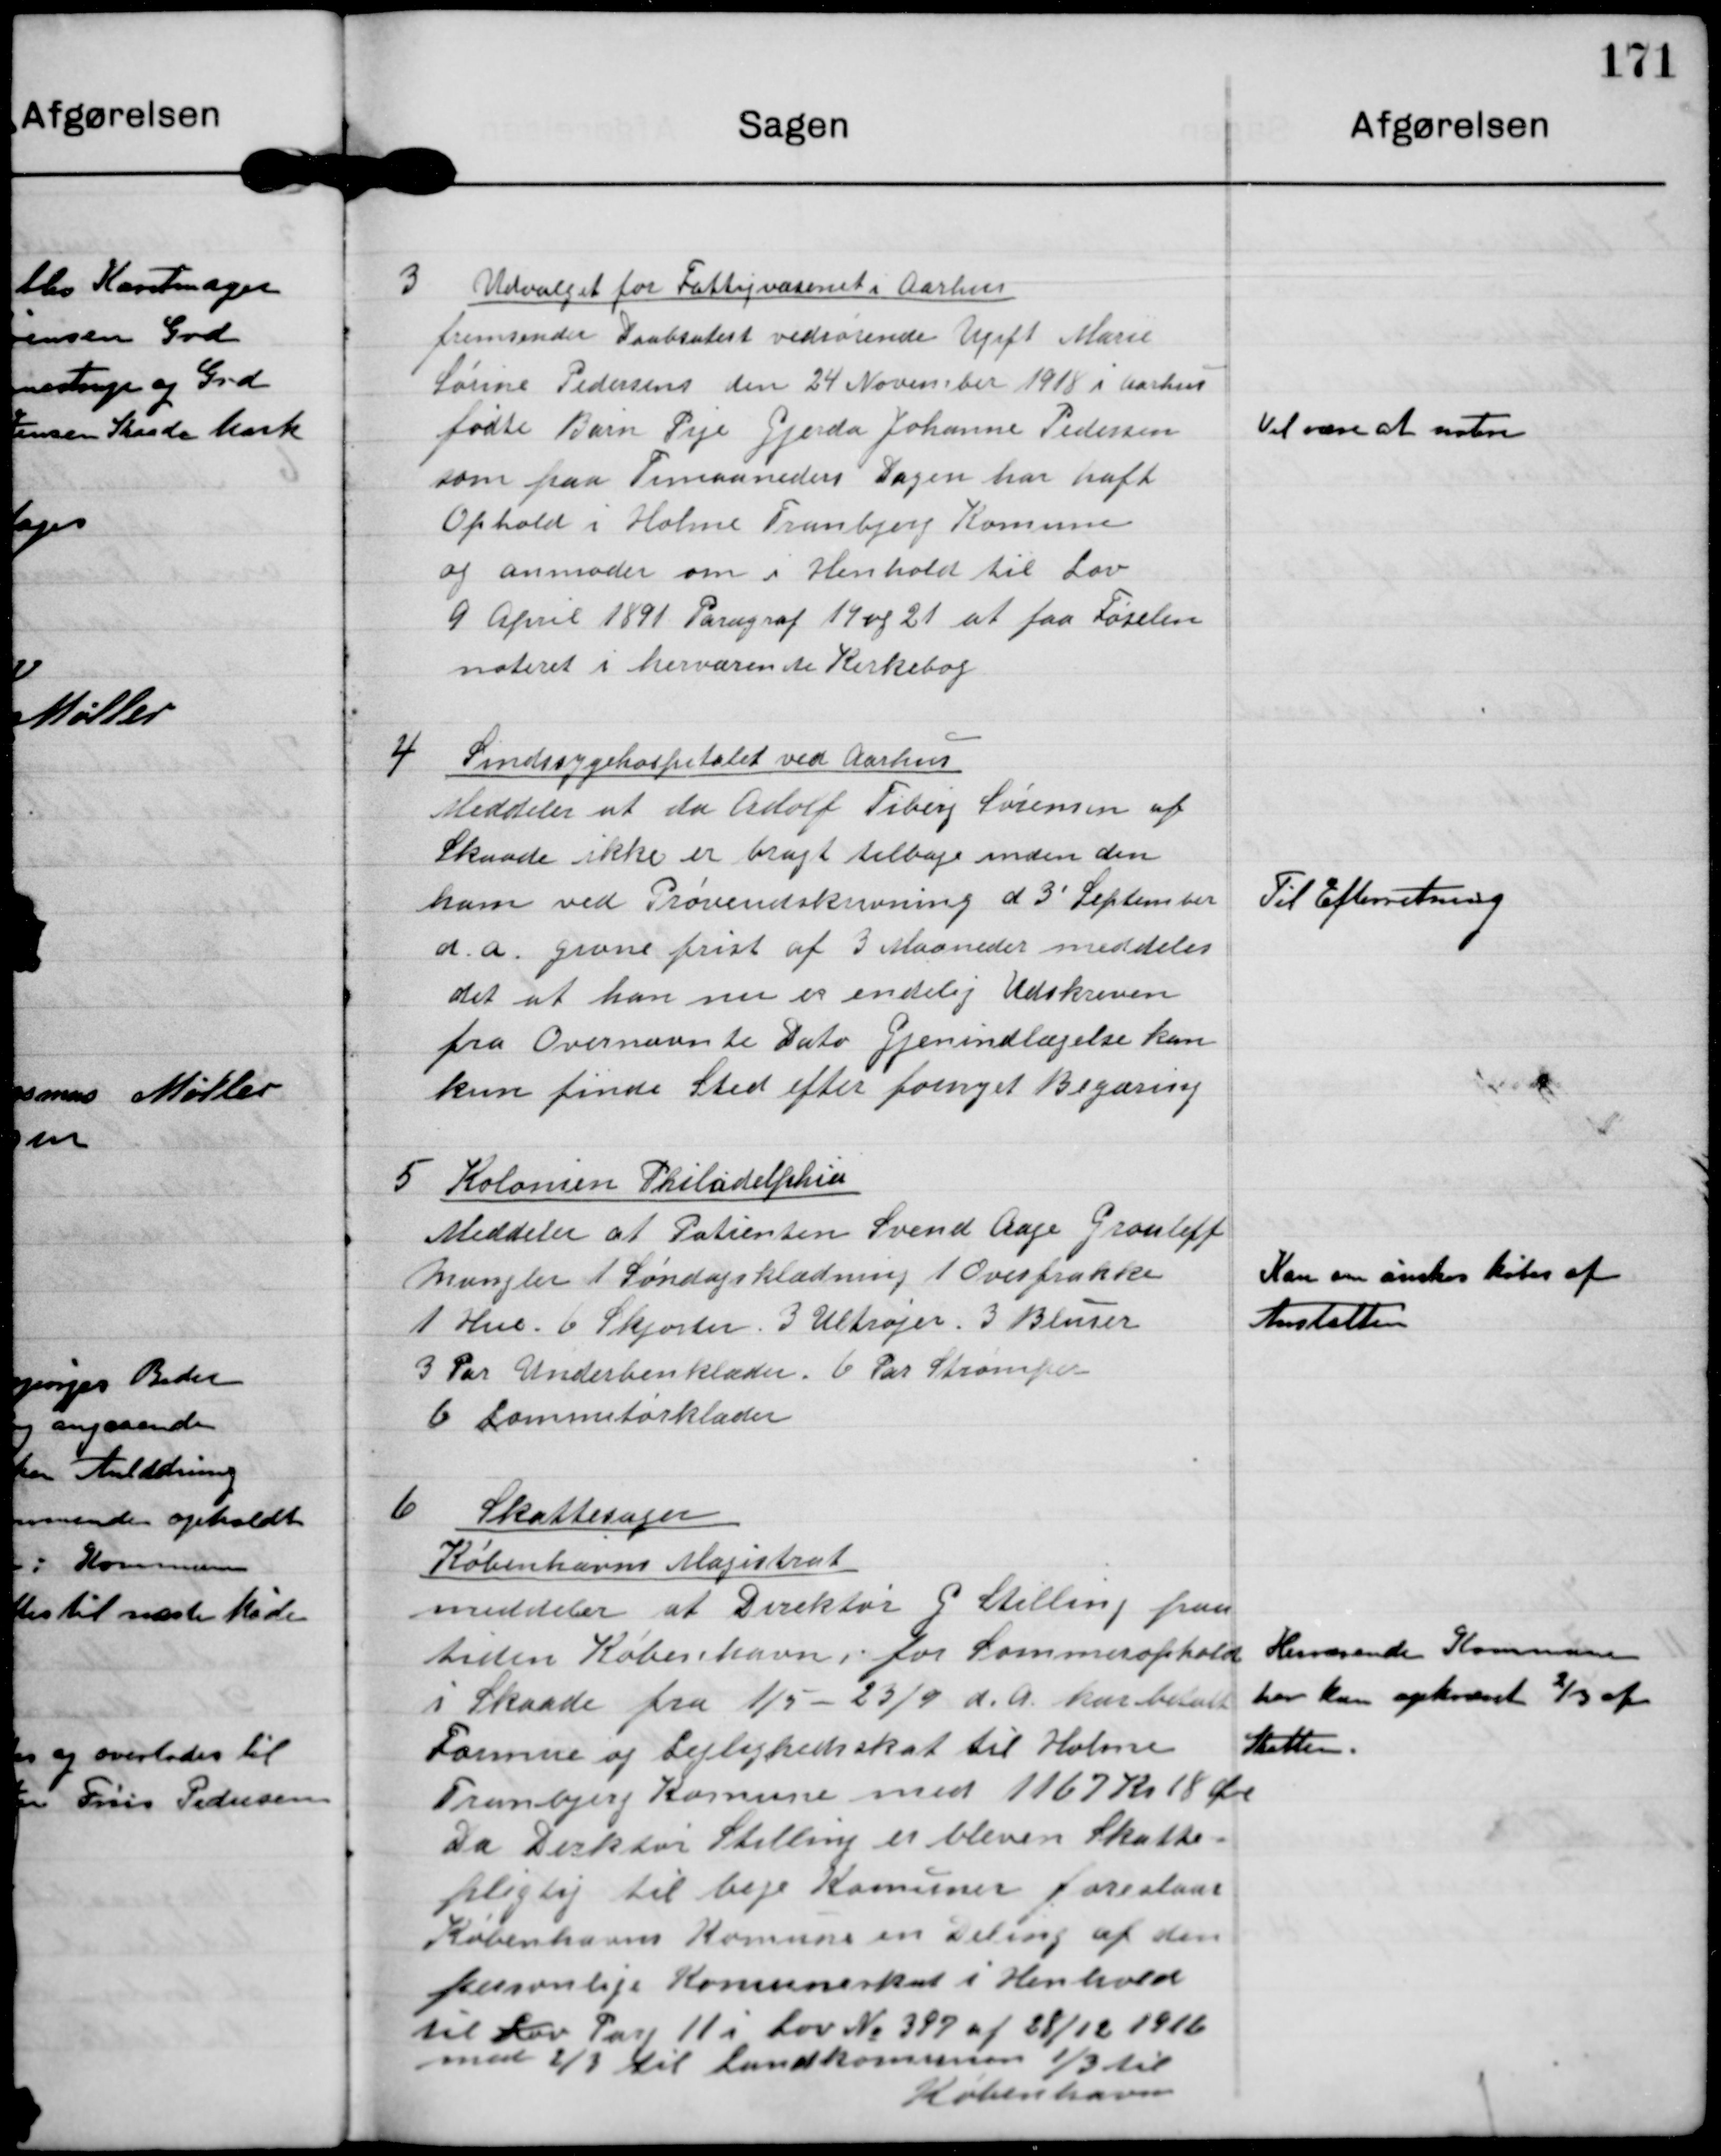
Transskription:
3 Udvalget for Fattigvæsenet i Aarhus
fremsender Daabsatest vedrørende Ugift Marie
Sørine Pedersen den 24 November 1918 i Aarhus
fødte Barn Pige Gjerrda Johanne Pedersen
som paa Timaaneders Dagen har haft
Ophold i Holme Tranbjerg Kommune
og anmoder om i Henhold til Lov
9 April 1891 Paragraf 19 og 21 at faa Føselen
noteret i herværende Kirkebog

Vil være at notere

4 Sindssygehospitalet ved Aarhus
Meddeler at da Adolf Fiberg Sørensen af
Skaade ikke er bragt tilbage inden den
ham ved Prøveudskrivning d 3´September
d.a. givne frist af 3 Maaneder meddeles
det at han nu er endelig Udskreven
fra Overnævnte Dato. Gjenindlægelse kan
kun finde Sted efter fornyet Begæring.

Til Efterretning

5 Kolonien Philadelfihia
Meddeler at Patienten Svend Aage Grouleff
mangler 1 Søndagsklædning 1 Overfrakke
1 Hue. 6 Skjorter. 3 Ultrøjer. 3 Bluser
3 Par Underbenklæder. 6 Par Strømper.
6 Lommetørklæder

Kan om ønskes købes af
Anstalten

6
Skattesagen
Københavns Magistrat
meddeler at Direktør G. Stilling frem
tiden København, for Sommerophold
i Skaade fra 1/5-13/9 d.A har betalt
Formue og Lejlighedsskat til Holme
Tranbjerg Kommune med 1167 Kr 18 Øre
Da Direktør Stilling er bleven Skatte-
pligtig til bege Komuner foreslaar
København Kommune en Deling af den
personlige Komuneskat i henhold
til Lov Parg 11 i Løv nr 297 af 28/12 1916
med 2/3 til Landkomunen 1/3 til
København

Herværende Kommune
har kun opkrævet 2/3 af
Skatten.